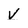
Character: v